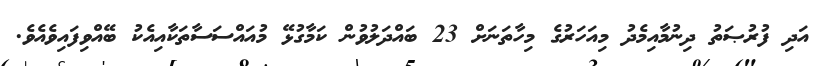
އަދި ފުރުޞަތު ދިނުމާއިމެދު މިއަހަރުގެ މިހާތަނަށް 23 ބައްދަލުވުން ކަމާގުޅޭ މުއައްސަސާތަކާއިއެކު ބޭއްވިފައިވެއެވެ.